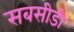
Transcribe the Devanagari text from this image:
सबसीडी